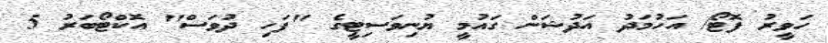
ހަވީރު ފޮޓޯ/ އަހުމަދު އަދުޝަން ގައުމީ ޔުނިވަސިޓީގެ "ފަހި ދުވަސް" އޮކްޓޯބަރު 5